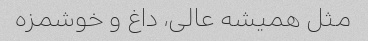
مثل همیشه عالی، داغ و خوشمزه